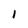
Character: 1